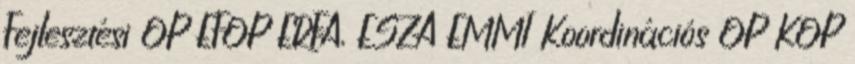
Fejlesztési OP EFOP ERFA, ESZA EMMI Koordinációs OP KOP